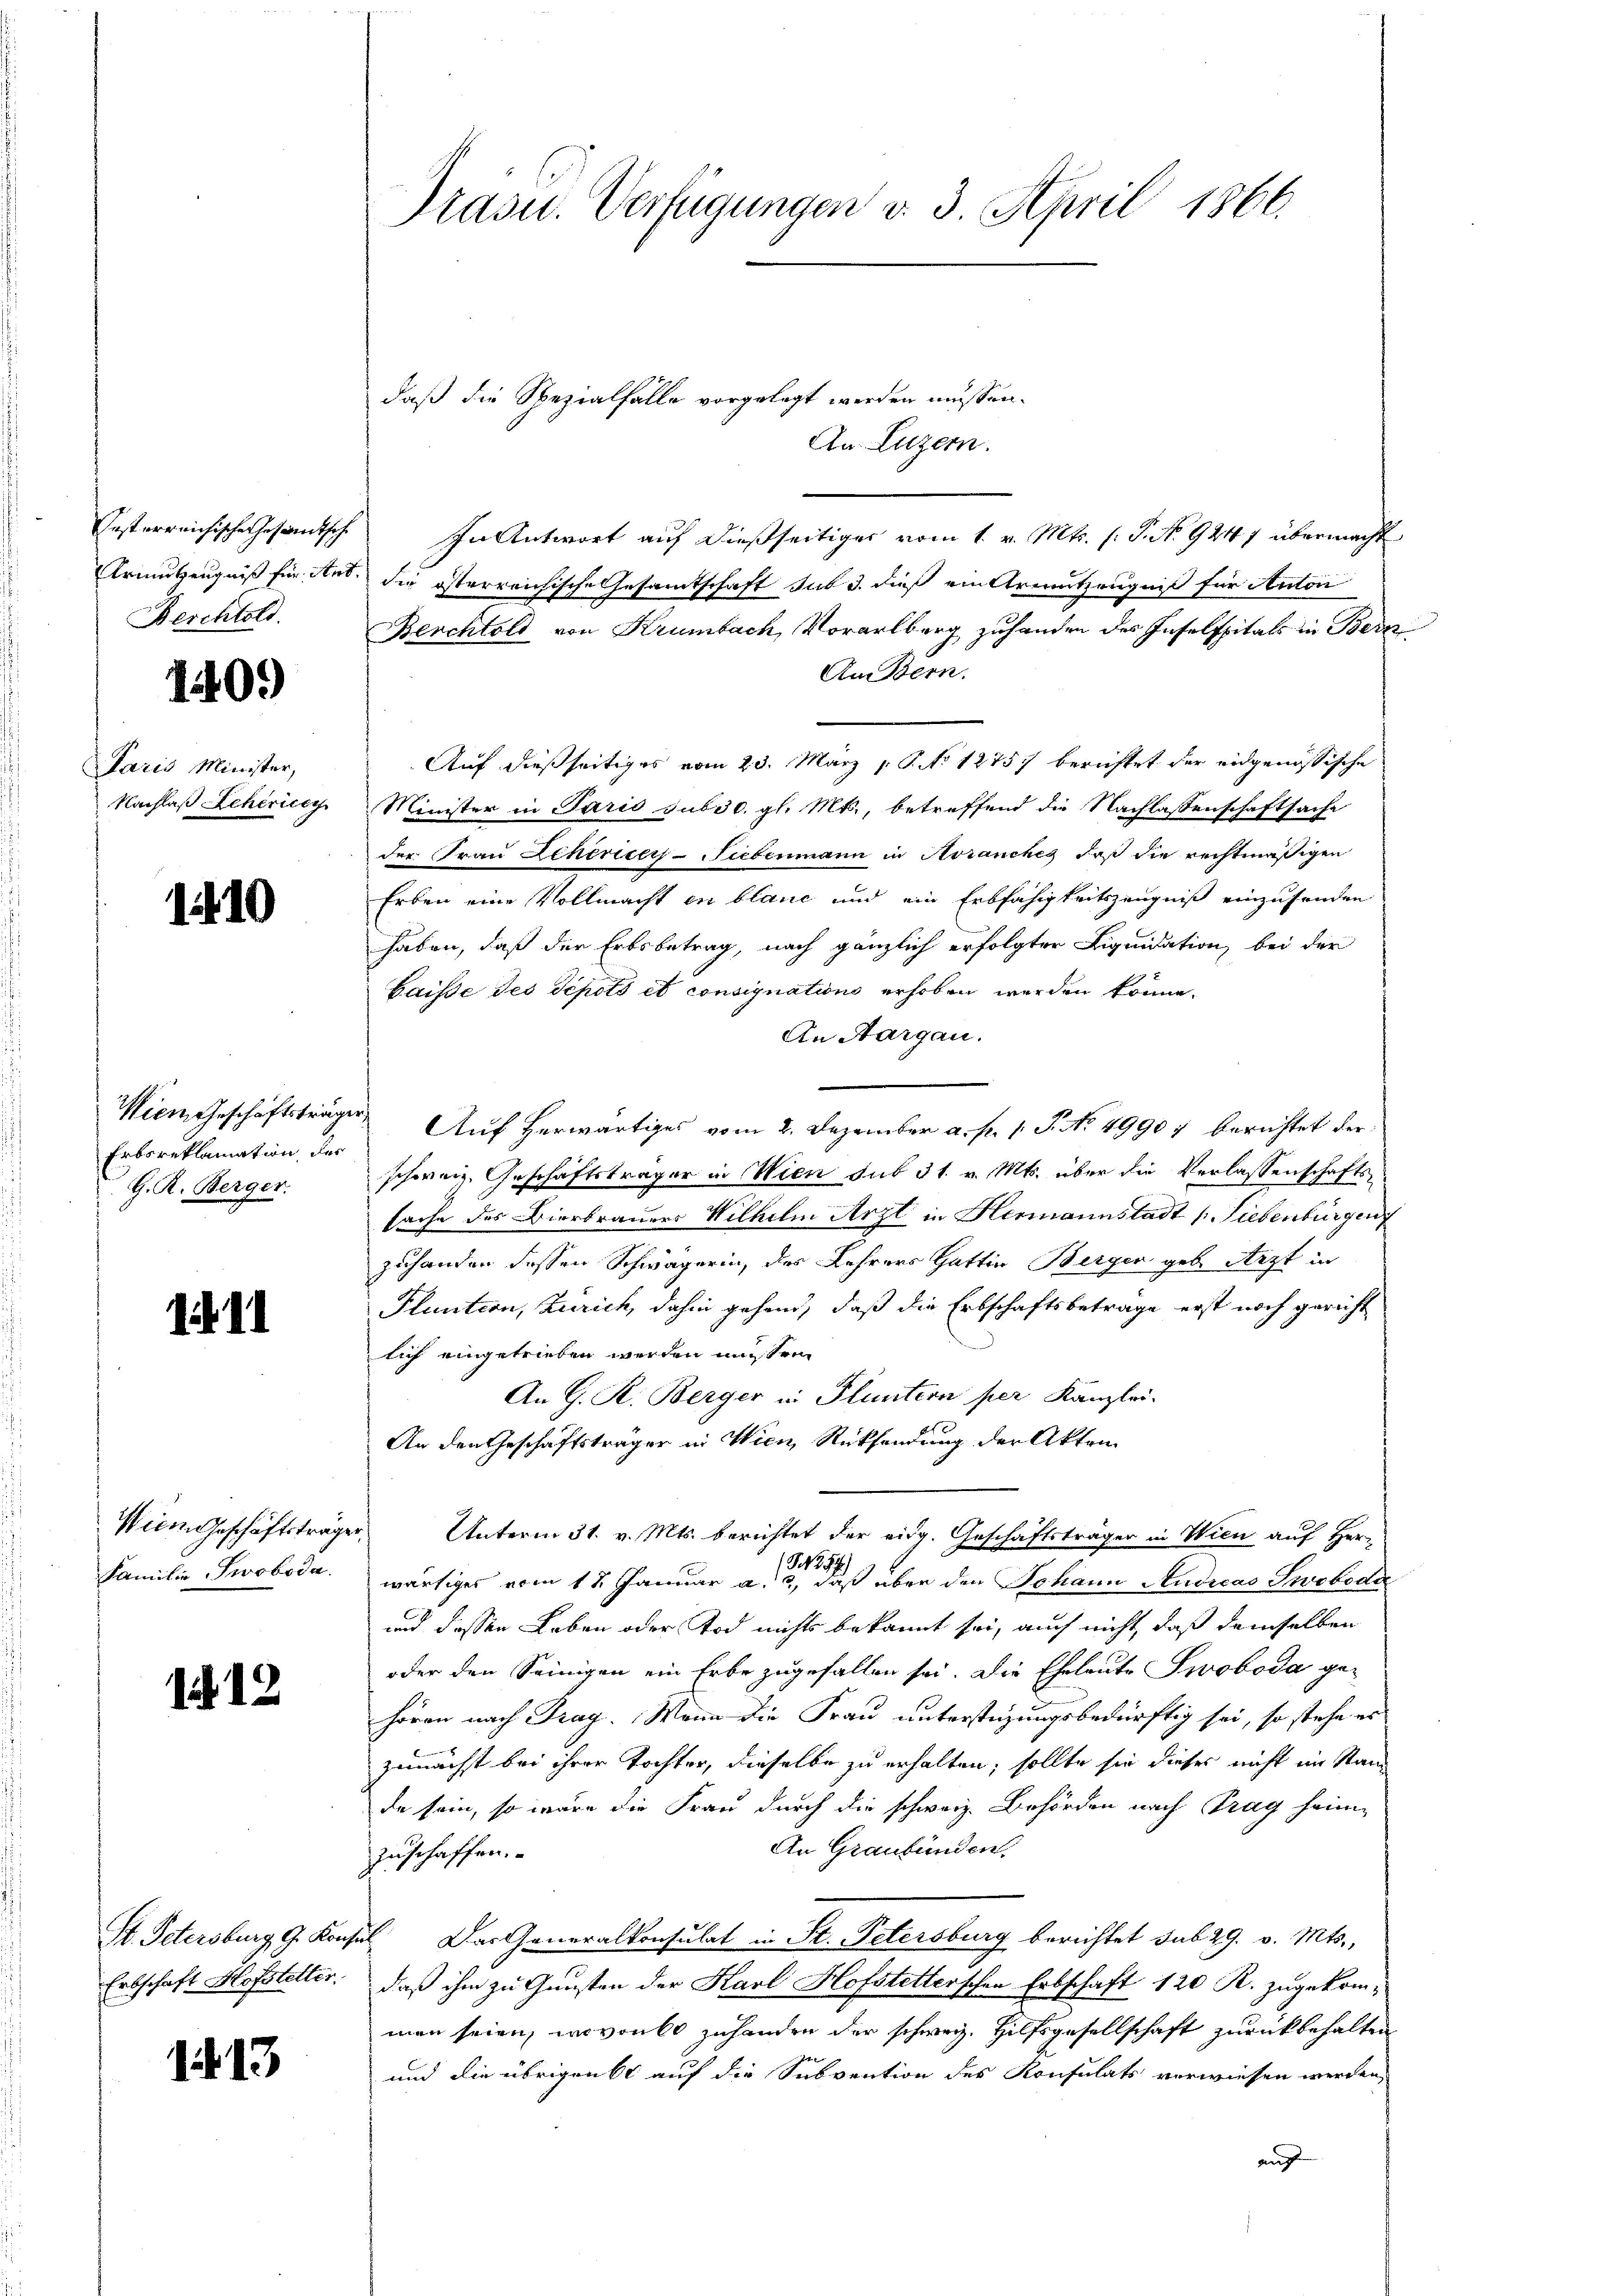
festerreichischen Gesandtsche
Armutzeugniß für And
Berchtold.

1409

Paris Minister,
Nachlaß Lehericy

1410

Wien Geschäftsträge
Erbsreklamation der
G. R. Berger.

111

Wien Geschäftsträge
Familie Proboda.

12

St. Petersburg, G. Konse
Erbschaft Hofstelter.

1413

Präsid. Verfügungen v. 3. April 1866.

daß die Spezialfalle vorgelegt werden müssen.

An Luzern.
In Antwort auf dießseitiges vom 1. v. Mts. (T. No. 9247 übermacht
die österreichische Gesamtschaft aus 3. dieß ein Armutzengniß für Anton
Berchtold von Krumbach, Vorarlberg zuhanden des Inselspitals in Bern
Außern.
Auf dießseitiges vom 23. März 1. P. No 12757 berichtet der eidgenössische
Minister in Paris sub 30. gl. Mts., betreffend die Nachlassenschaftsache
der Frau Scheriger-Siebenmann in Avranches, daß die rechtmäßigen
Erben eine Vollmacht in blaue und ein Erbfähigkeitszeugniß einzusenden
haben, daß der Erbsbetrag, nach gänzlich erfolgter Liquidation bei der
baisse des depots et consignations erhoben werden könne.
An Aargau.
Auf herwärtiges vom 2. Dezember a. f. 1. P. No 49907 berichtet der
schweiz. Geschäftsträger in Wien sub 31. v. Mts. über die Verlassenschafts-
sache des Bierbrauers Wilhelm Arzt in Hermannstadt Liebenbürger
zuhanden dessen Schwägerin, der Lehrers Gattin Berger geb. Arzt in
Pluntion, Zürich, dahin gehend, daß die Erbschaftsbeträge erst noch gericht
lich eingetrieben werden müssen.
An G. R. Berger in Fluntern per Kanzlei.
An den Geschäftsträger in Wien, Rücksendung der Akten
Unterm 31. v. Mts. berichtet der eidg. Geschäftsträger in Wien auf Her¬
2
wärtiges vom 18. Januar a., daß über den Johann Andreas Swoboda
und dessen Leben oder Tod nichts bekannt sei, auch nicht, daß demselben
oder den Seinigen ein Erbe zugefallen sei. Die Eheleute Swoboda gehören nach Trag. Wenn die Frau unterstehungsbedürftig sei, so stehe es
zunächst bei ihrer Tochter, dieselbe zu erhalten, sollte sie dieses nicht im Stan
de sein, so wäre die Frau durch die schweiz. Behörden nach Trag heim
An Graubünden.
zuschaffen.
 Das Generalkonsulat in St. Petersburg berichtet sub 29. v. Mts.,
daß ihm zu Gunsten der Karl Hofstetterschen Erbschaft 120 R. zugekom-
man seien, wovon zuhanden der schweiz. Hilfsgesellschaft zurückbehalten
und die übrigenst auf die Subvention des Konsulats verwiesen werden,
auf